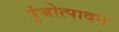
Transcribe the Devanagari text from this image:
पुंजोत्पादन